65_HS1-834228961_62-HQ-83894_Section_4
Agency: FBI
Page 40
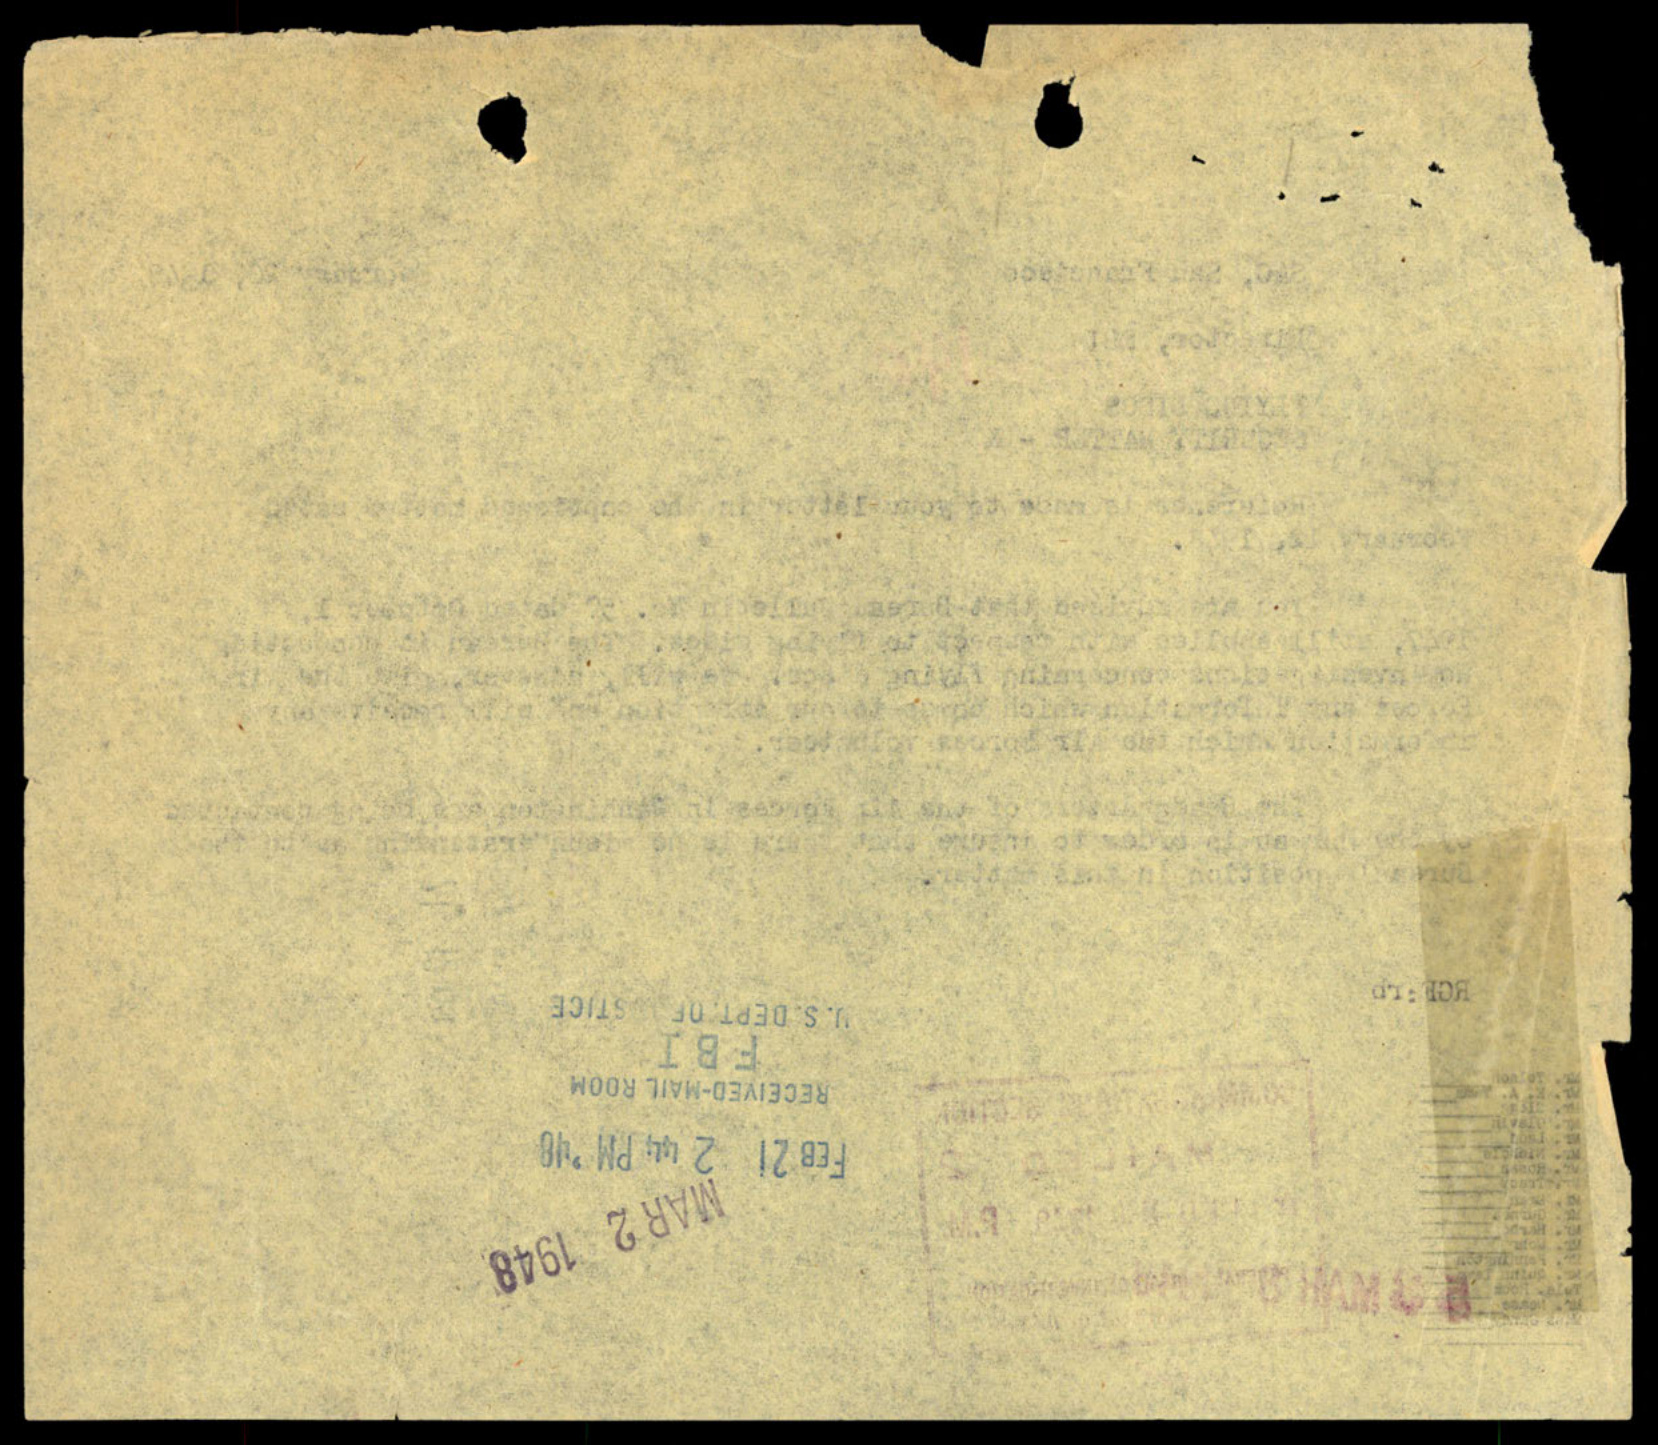